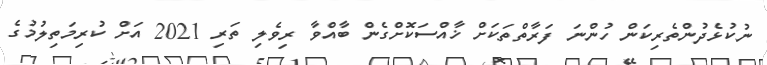
ނުކުޅެދުންތެރިކަން ހުންނަ ފަރާތްތަކަށް ޚާއްސަކޮށްގެން ބާއްވާ ރިވެލި ތަރި 2021 އަށް ކުރިމަތިލުމުގެ